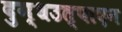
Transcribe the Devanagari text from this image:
दुग्धउत्पादन